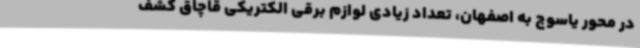
در محور یاسوج به اصفهان، تعداد زیادی لوازم برقی الکتریکی قاچاق کشف